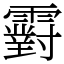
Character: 䨴